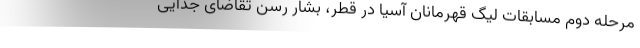
مرحله دوم مسابقات لیگ قهرمانان آسیا در قطر، بشار رسن تقاضای جدایی